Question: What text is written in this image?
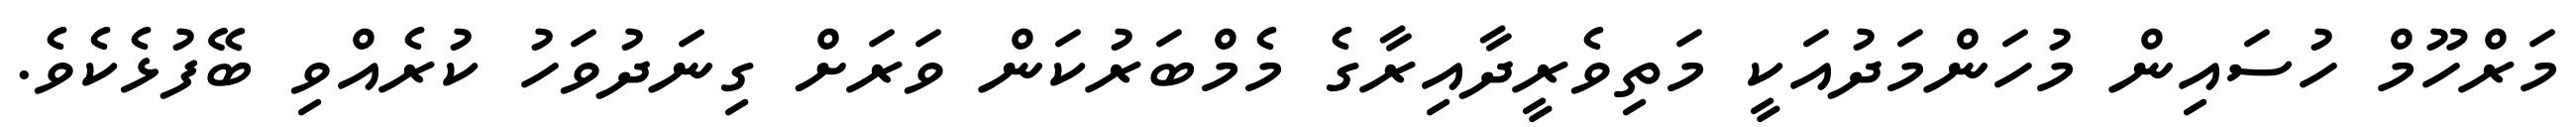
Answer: މަރްހޫމް ހުސައިން މުހަންމަދުއަކީ މަތިވެރީދާއިރާގެ މެމްބަރުކަން ވަރަށް ގިނަދުވަހު ކުރެއްވި ބޭފުޅެކެވެ.